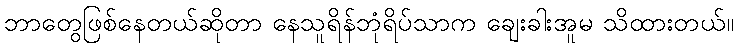
ဘာတွေဖြစ်နေတယ်ဆိုတာ နေသူရိန်ဘုံရိပ်သာက ချေးခါးအူမ သိထားတယ်။